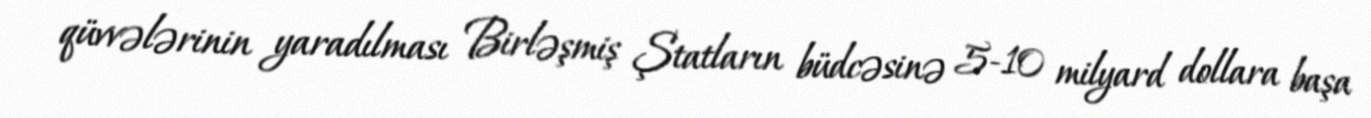
qüvvələrinin yaradılması Birləşmiş Ştatların büdcəsinə 5-10 milyard dollara başa